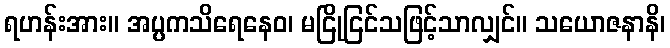
ရဟန်းအား။ အပ္ပကသိရေနေဝ၊ မငြိုငြင်သဖြင့်သာလျှင်။ သယောဇနာနိ၊